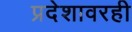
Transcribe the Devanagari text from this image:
प्रदेशावरही